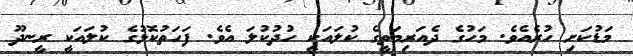
މަޑުކަށި ހުރެއެވެ. މަހުގެ ދެއަރިމަތީގެ ކުލައަކީ ހުދުކުލަ އެވެ. ފަހަތުކޮޅުގެ ކުލައަކީ ރީނދޫ